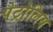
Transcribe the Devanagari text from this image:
पेट्रोलिय